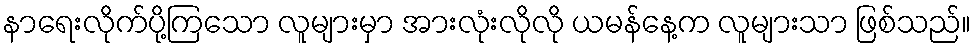
နာရေးလိုက်ပို့ကြသော လူများမှာ အားလုံးလိုလို ယမန်နေ့က လူများသာ ဖြစ်သည်။